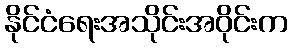
နိုင်ငံရေးအသိုင်းအဝိုင်းက